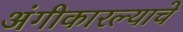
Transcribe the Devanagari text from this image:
अंगीकारल्याचे